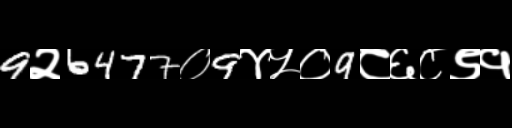
Text: 9२6477०9४५०9८६८९१